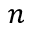
n